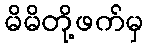
မိမိတို့ဖက်မှ